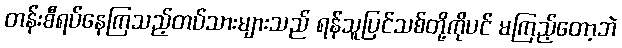
တန်းစီရပ်နေကြသည့်တပ်သားများသည် ရန်သူပြင်သစ်တို့ကိုပင် မကြည့်တော့ဘဲ